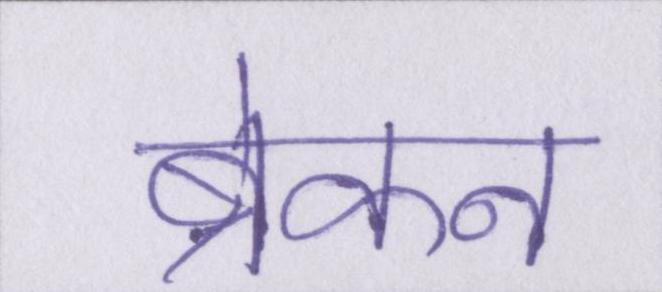
ब्रेकन